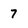
Character: 7